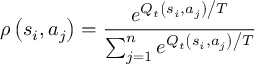
\rho \left( { { s _ { i } } , { a _ { j } } } \right) = \frac { { { e ^ { { { { Q _ { t } } \left( { { s _ { i } } , { a _ { j } } } \right) } \mathord { \left/ { \vphantom { { { Q _ { t } } \left( { { s _ { i } } , { a _ { j } } } \right) } T } } \right. \kern - \nulldelimiterspace } T } } } } } { { \sum _ { j = 1 } ^ { n } { { e ^ { { { { Q _ { t } } \left( { { s _ { i } } , { a _ { j } } } \right) } \mathord { \left/ { \vphantom { { { Q _ { t } } \left( { { s _ { i } } , { a _ { j } } } \right) } T } } \right. \kern - \nulldelimiterspace } T } } } } } }